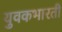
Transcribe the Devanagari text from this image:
युवकभारती